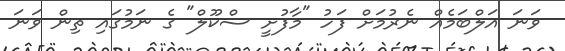
ވަނަ އަލްބަމެއް ނެރުމަށް ފަހު "މާފުށީ ސްކޫލް" ގެ ނަމުގައި ތިން ވަނަ